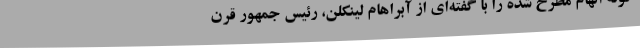
گونه اتهام مطرح شده را با گفته‌ای از آبراهام لینکلن، رئیس جمهور قرن